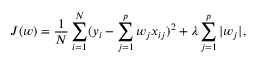
J ( w ) = \frac { 1 } { N } \sum _ { i = 1 } ^ { N } ( y _ { i } - \sum _ { j = 1 } ^ { p } w _ { j } x _ { i j } ) ^ { 2 } + \lambda \sum _ { j = 1 } ^ { p } | w _ { j } | ,